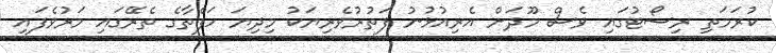
ކުރަމަތި ރިސޯޓުގައި ވެސް މޫދަށް އެރިއުޅުނު ފަތުރުވެރިޔަކު މިދިޔަ ހަފްތާގެ ތެރޭގައި މަރުވެފައި